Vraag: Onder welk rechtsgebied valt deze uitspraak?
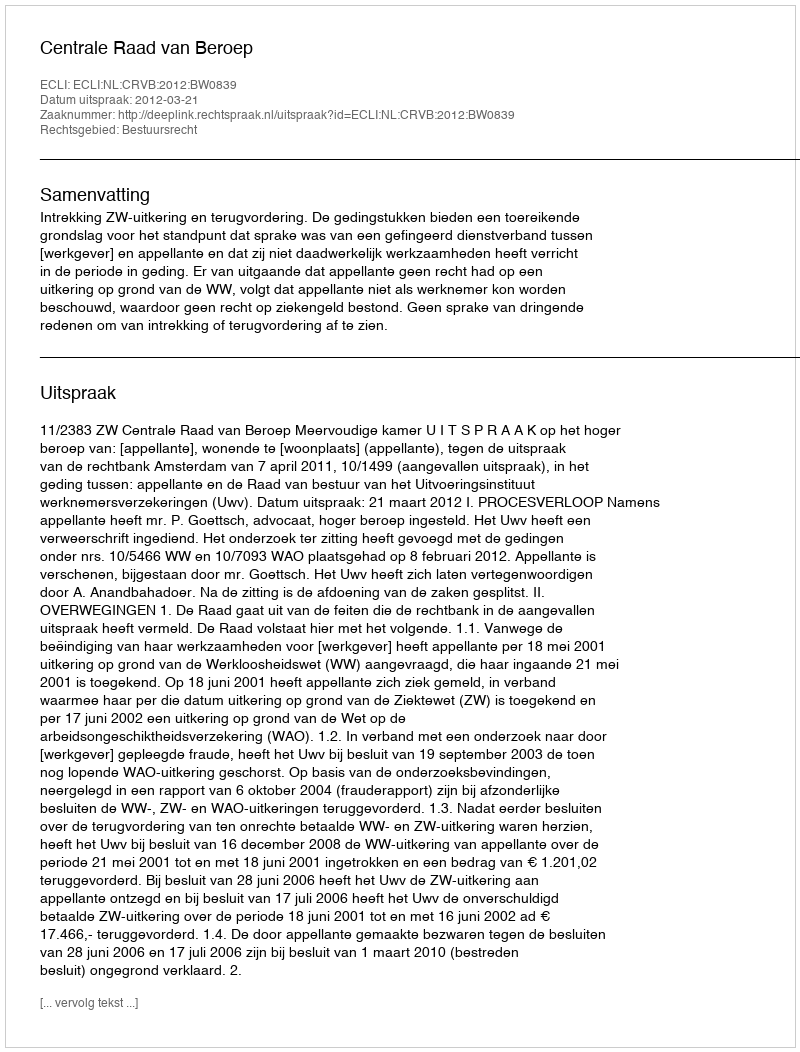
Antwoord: Bestuursrecht